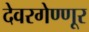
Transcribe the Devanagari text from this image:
देवरगेण्णूर